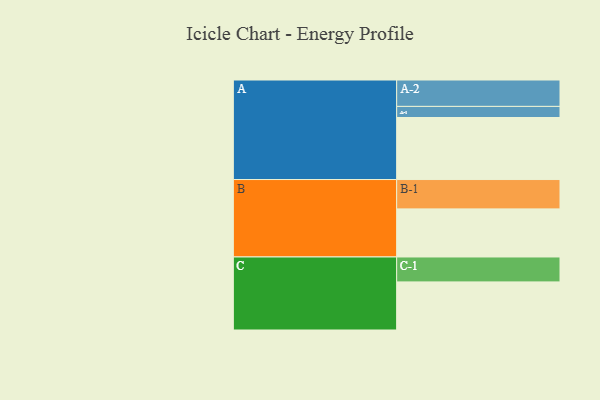
{"axis": {"x": "Segment", "y": "Value"}, "legend": ["", "A", "B", "C"], "data": [{"x": "A", "y": 463, "type": ""}, {"x": "B", "y": 359, "type": ""}, {"x": "C", "y": 359, "type": ""}, {"x": "A-1", "y": 83, "type": "A"}, {"x": "A-2", "y": 197, "type": "A"}, {"x": "B-1", "y": 219, "type": "B"}, {"x": "C-1", "y": 186, "type": "C"}]}